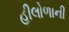
હીલોળાની